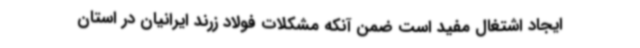
ایجاد اشتغال مفید است ضمن آنکه مشکلات فولاد زرند ایرانیان در استان